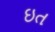
ઇત